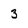
Character: 3